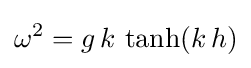
\omega ^{2}=g\,k\,\tanh(k\,h)